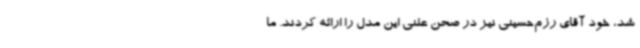
شد، خود آقای رزم‌حسینی نیز در صحن علنی این مدل را ارائه کردند. ما